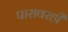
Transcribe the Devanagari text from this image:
पारावरही